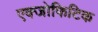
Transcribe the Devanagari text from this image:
एक्जोफिटिक